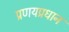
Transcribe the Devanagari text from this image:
प्रणयप्रधान